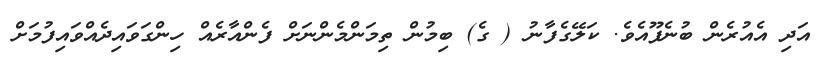
އަދި އެއުރެން ބުނެފޫއެވެ. ކަލޭގެފާނު ( ގެ) ބިމުން ތިމަންމެންނަށް ފެންއާރެއް ހިންގަވައިދެއްވައިފުމަށް